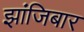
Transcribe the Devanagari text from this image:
झांजिबार